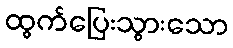
ထွက်ပြေးသွားသော